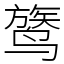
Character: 𬸦